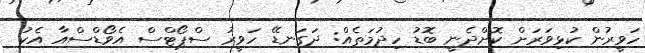
ހަވީރުން ކުޅިވަރަށް ކޮށްދެނީ ބޮޑު ހިދުމަތެއް: ދަގަނޑޭ ހަވީރު ސްޕޯޓްސް އެވޯޑްސްއާ އެކު